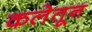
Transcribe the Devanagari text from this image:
कलेतून